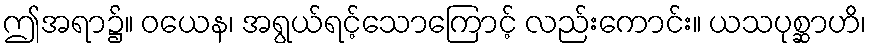
ဤအရာ၌။ ဝယေန၊ အရွယ်ရင့်သောကြောင့် လည်းကောင်း။ ယသပုစ္ဆာဟိ၊